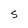
Character: S